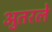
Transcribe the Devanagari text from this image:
अुतरले